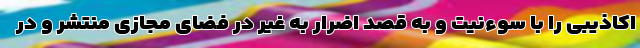
اکاذیبی را با سوءنیت و به قصد اضرار به غیر در فضای مجازی منتشر و در